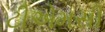
ટીએમસી